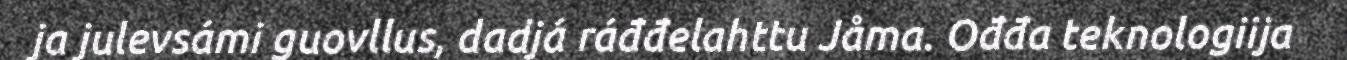
ja julevsámi guovllus, dadjá ráđđelahttu Jåma. Ođđa teknologiija